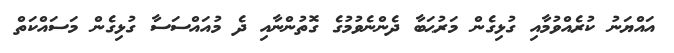
އައްޔަނު ކުރެއްވުމާއި ގުޅިގެން މަރުޙަބާ ދެންނެވުމުގެ ގޮތުންނާއި ދެ މުއައްސަސާ ގުޅިގެން މަސައްކަތް